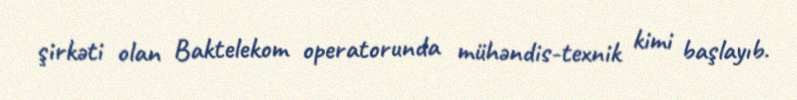
şirkəti olan Baktelekom operatorunda mühəndis-texnik kimi başlayıb.